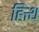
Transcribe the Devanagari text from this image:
हित्थ